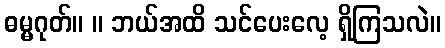
ဓမ္မဂုတ်။ ။ ဘယ်အထိ သင်ပေးလေ့ ရှိကြသလဲ။